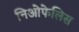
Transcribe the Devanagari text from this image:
निओफेलिस